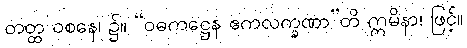
တတ္ထ ဝစနေ၊ ၌။ “ဝဓကဋ္ဌေန ဧကလက္ခဏာ”တိ ဣမိနာ၊ ဖြင့်။